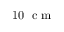
1 0 ~ \textup { c m }